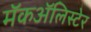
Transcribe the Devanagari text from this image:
मॅकॲलिस्टेर